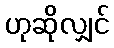
ဟုဆိုလျှင်